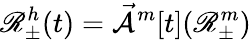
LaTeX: \mathscr{R}_{\pm}^{h}(t)=\mathcal{\vec{A}}^{m}[t](\mathscr{R}_{\pm}^{m})